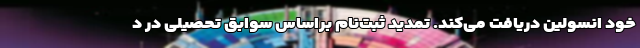
خود انسولین دریافت می‌کند. تمدید ثبت‌نام براساس سوابق تحصیلی در د